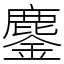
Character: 鏖